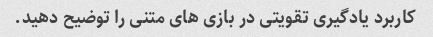
کاربرد یادگیری تقویتی در بازی های متنی را توضیح دهید.